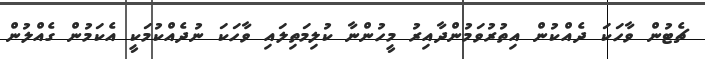
ޗެޓުން ވާހަކަ ދެއްކުން އިތުރުވަމުންދާއިރު މީހުންނާ ކުލިމަތިލައި ވާހަކަ ނުދެއްކުމަކީ އެކަމުން ގެއްލުން